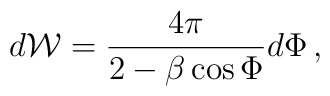
d{\mathcal W}=\frac{4\pi}{2-\beta \cos\Phi}d\Phi\,,